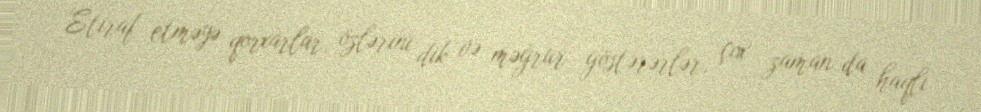
Etiraf etməyə qorxarlar, özlərini dik və məğrur göstərərlər, çox zaman da haqlı